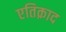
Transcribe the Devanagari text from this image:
एतिक़ाद